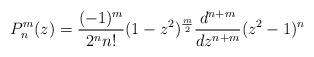
LaTeX: \begin{align*} P_n^m(z)=\frac{(-1)^m}{2^nn!}(1-z^2)^\frac m2\frac{d^{n+m}}{dz^{n+m}}(z^2-1)^n \end{align*}